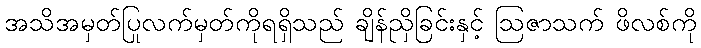
အသိအမှတ်ပြုလက်မှတ်ကိုရရှိသည် ချိန်ညှိခြင်းနှင့် ဩဇာသက် ဖိလစ်ကို